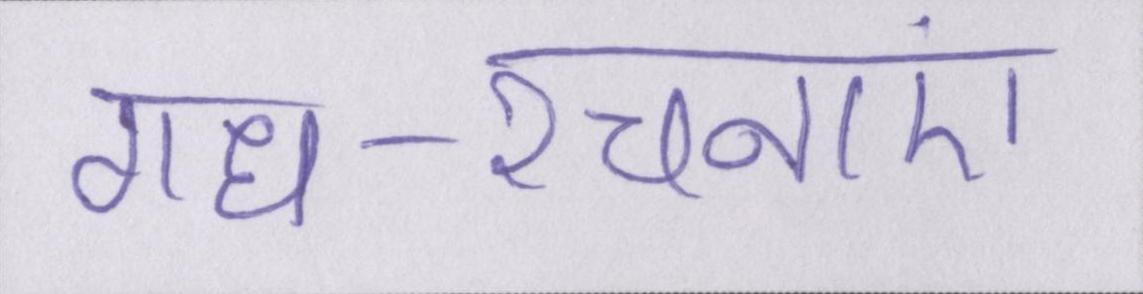
गध-रचनाएं